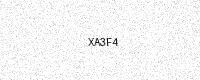
Text: XA3F4